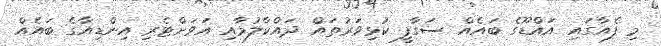
މި ފެއާގައި އައްޑޫގެ ބައެއް ސަގާފީ ކުޅިވަރުތައް ދައްކާލުމާއި އަވަށްޓެރި އިންޑިއާގެ ބައެއް